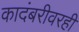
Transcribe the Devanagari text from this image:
कादंबरीवरही